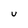
Character: U